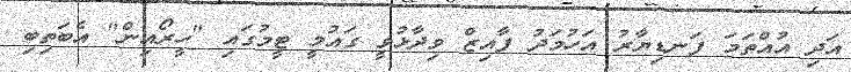
އަދި އުއްތަމަ ފަނޑިޔާރު އަހުމަދު ފާއިޒް ވިދާޅުވީ ގައުމީ ޓީމުގައި "ހީރޯއިން" އެބަތިބި